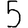
Digit: 5